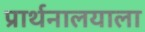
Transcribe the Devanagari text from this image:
प्रार्थनालयाला